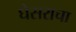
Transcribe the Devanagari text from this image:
घेसराचा